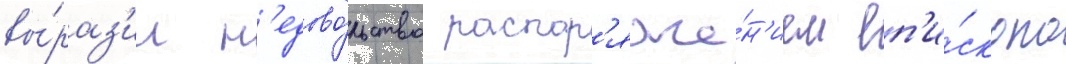
вы́раз'ил н'едово́льство распор'яже́н'ием еп'и́скопа